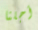
أجلنا